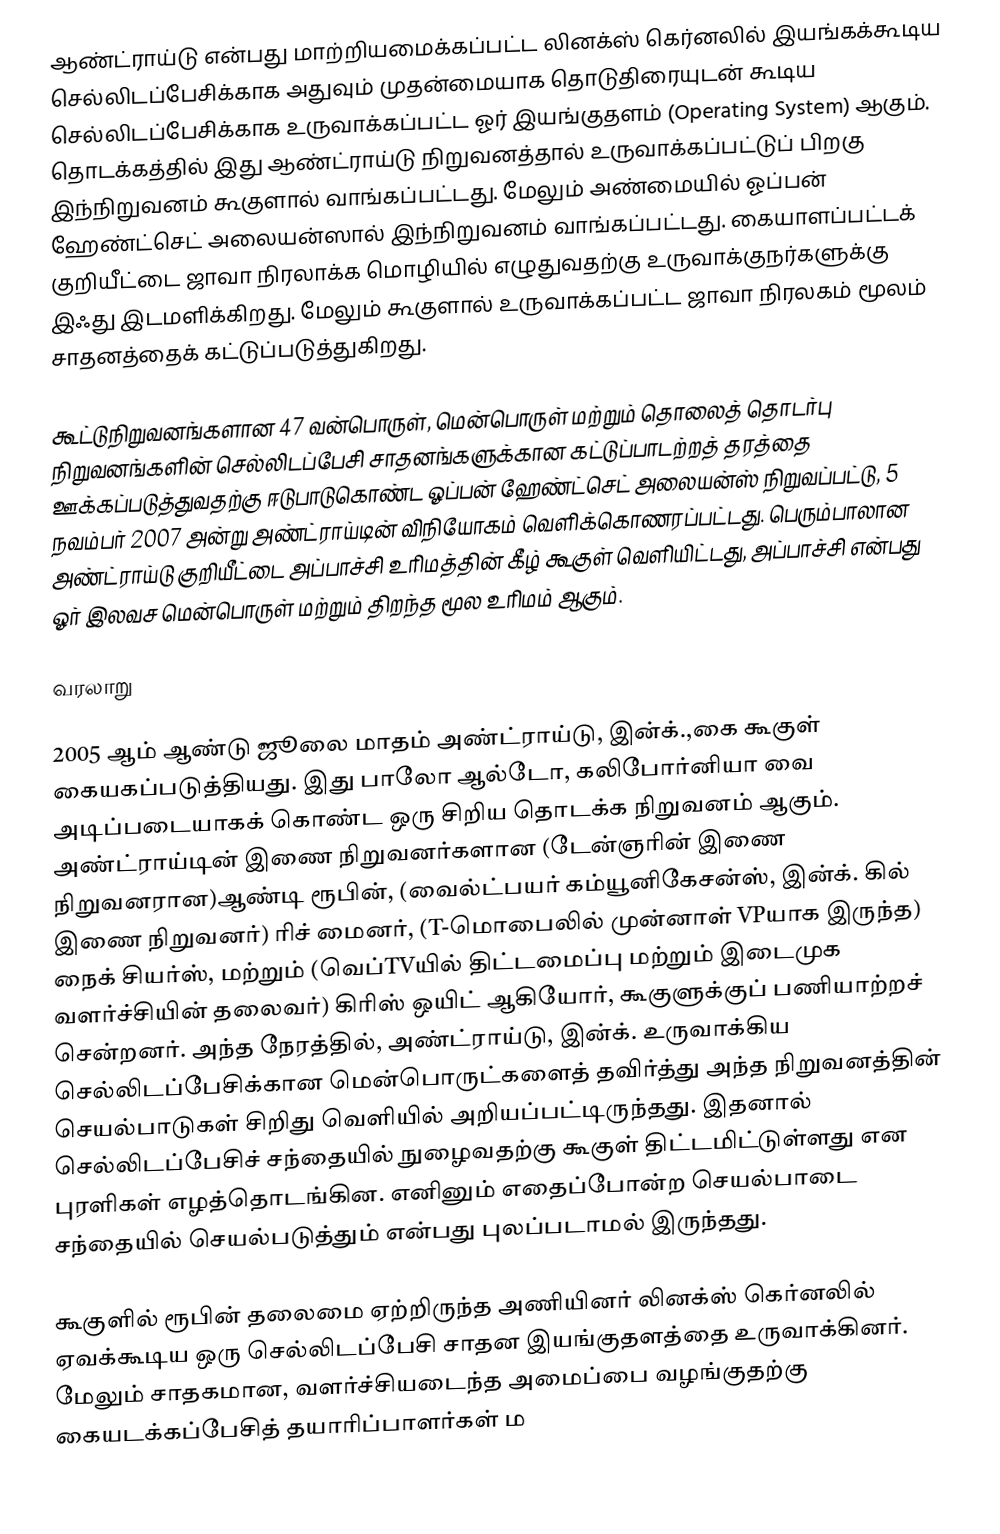
ஆண்ட்ராய்டு என்பது மாற்றியமைக்கப்பட்ட லினக்ஸ் கெர்னலில் இயங்கக்கூடிய செல்லிடப்பேசிக்காக அதுவும் முதன்மையாக தொடுதிரையுடன் கூடிய செல்லிடப்பேசிக்காக உருவாக்கப்பட்ட ஓர் இயங்குதளம் (Operating System) ஆகும். தொடக்கத்தில் இது ஆண்ட்ராய்டு நிறுவனத்தால் உருவாக்கப்பட்டுப் பிறகு இந்நிறுவனம் கூகுளால் வாங்கப்பட்டது. மேலும் அண்மையில் ஓப்பன் ஹேண்ட்செட் அலையன்ஸால் இந்நிறுவனம் வாங்கப்பட்டது. கையாளப்பட்டக் குறியீட்டை ஜாவா நிரலாக்க மொழியில் எழுதுவதற்கு உருவாக்குநர்களுக்கு இஃது இடமளிக்கிறது. மேலும் கூகுளால் உருவாக்கப்பட்ட ஜாவா நிரலகம் மூலம் சாதனத்தைக் கட்டுப்படுத்துகிறது.

கூட்டுநிறுவனங்களான 47 வன்பொருள், மென்பொருள் மற்றும் தொலைத் தொடர்பு நிறுவனங்களின் செல்லிடப்பேசி சாதனங்களுக்கான கட்டுப்பாடற்றத் தரத்தை ஊக்கப்படுத்துவதற்கு ஈடுபாடுகொண்ட ஓப்பன் ஹேண்ட்செட் அலையன்ஸ் நிறுவப்பட்டு, 5 நவம்பர் 2007 அன்று அண்ட்ராய்டின் விநியோகம் வெளிக்கொணரப்பட்டது. பெரும்பாலான அண்ட்ராய்டு குறியீட்டை அப்பாச்சி உரிமத்தின் கீழ் கூகுள் வெளியிட்டது, அப்பாச்சி என்பது ஓர் இலவச மென்பொருள் மற்றும் திறந்த மூல உரிமம் ஆகும்.

வரலாறு

2005 ஆம் ஆண்டு ஜூலை மாதம் அண்ட்ராய்டு, இன்க்.,கை கூகுள் கையகப்படுத்தியது. இது பாலோ ஆல்டோ, கலிபோர்னியா வை அடிப்படையாகக் கொண்ட ஒரு சிறிய தொடக்க நிறுவனம் ஆகும். அண்ட்ராய்டின் இணை நிறுவனர்களான (டேன்ஞரின் இணை நிறுவனரான)ஆண்டி ரூபின், (வைல்ட்பயர் கம்யூனிகேசன்ஸ், இன்க். கில் இணை நிறுவனர்) ரிச் மைனர், (T-மொபைலில் முன்னாள் VPயாக இருந்த) நைக் சியர்ஸ், மற்றும் (வெப்TVயில் திட்டமைப்பு மற்றும் இடைமுக வளர்ச்சியின் தலைவர்) கிரிஸ் ஒயிட் ஆகியோர், கூகுளுக்குப் பணியாற்றச் சென்றனர். அந்த நேரத்தில், அண்ட்ராய்டு, இன்க். உருவாக்கிய செல்லிடப்பேசிக்கான மென்பொருட்களைத் தவிர்த்து அந்த நிறுவனத்தின் செயல்பாடுகள் சிறிது வெளியில் அறியப்பட்டிருந்தது. இதனால் செல்லிடப்பேசிச் சந்தையில் நுழைவதற்கு கூகுள் திட்டமிட்டுள்ளது என புரளிகள் எழத்தொடங்கின. எனினும் எதைப்போன்ற செயல்பாடை சந்தையில் செயல்படுத்தும் என்பது புலப்படாமல் இருந்தது.

கூகுளில் ரூபின் தலைமை ஏற்றிருந்த அணியினர் லினக்ஸ் கெர்னலில் ஏவக்கூடிய ஒரு செல்லிடப்பேசி சாதன இயங்குதளத்தை உருவாக்கினர். மேலும் சாதகமான, வளர்ச்சியடைந்த அமைப்பை வழங்குதற்கு கையடக்கப்பேசித் தயாரிப்பாளர்கள் ம